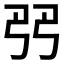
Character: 𠨓